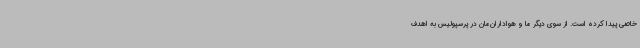
خاصی پیدا کرده است. از سوی دیگر ما و هواداران‌مان در پرسپولیس به اهدف